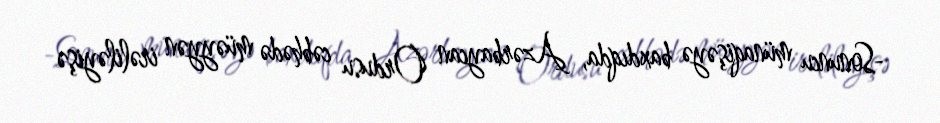
-Sonuncu münaqişəyə baxdıqda, Azərbaycan Ordusu cəbhədə müəyyən irəliləyişə